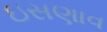
ઇસણાવ